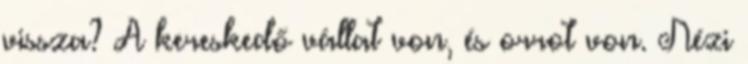
vissza? A kereskedő vállat von, és orrot von. Nézi